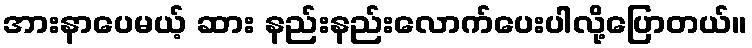
အားနာပေမယ့် ဆား နည်းနည်းလောက်ပေးပါလို့ပြောတယ်။